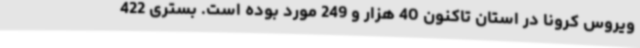
ویروس کرونا در استان تاکنون 40 هزار و 249 مورد بوده است. بستری 422